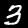
Digit: 3